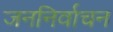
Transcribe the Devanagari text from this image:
जननिर्वाचन